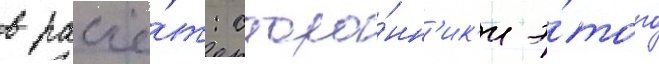
в расчё́т: сторо́нн'ик'и э́того